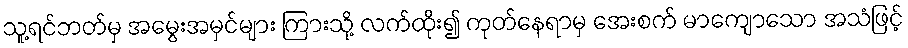
သူ့ရင်ဘတ်မှ အမွေးအမှင်များ ကြားသို့ လက်ထိုး၍ ကုတ်နေရာမှ အေးစက် မာကျောသော အသံဖြင့်